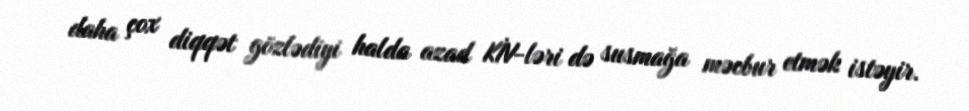
daha çox diqqət gözlədiyi halda azad KİV-ləri də susmağa məcbur etmək istəyir.